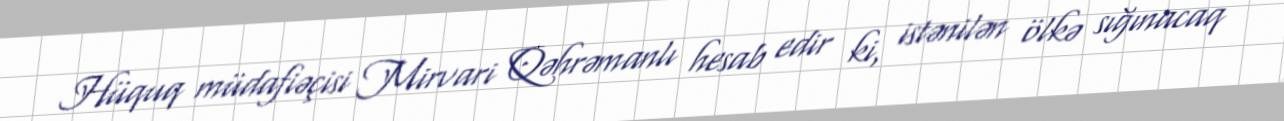
Hüquq müdafiəçisi Mirvari Qəhrəmanlı hesab edir ki, istənilən ölkə sığınacaq